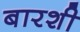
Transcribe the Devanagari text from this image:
बारशी